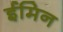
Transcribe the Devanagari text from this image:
ईमिन